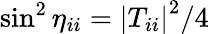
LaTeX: \sin^{2}\eta_{ii}=\left|T_{ii}\right|^{2}/4